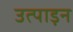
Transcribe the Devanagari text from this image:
उत्पाड़न